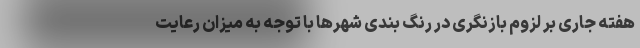
هفته جاری بر لزوم بازنگری در رنگ بندی شهرها با توجه به میزان رعایت